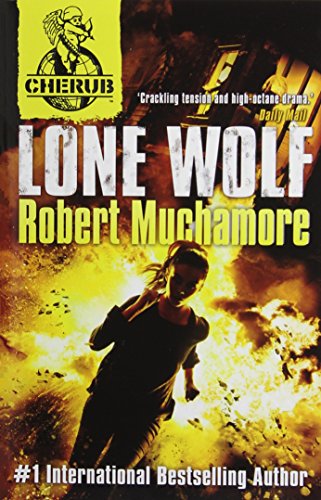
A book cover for Lone Wolf (CHERUB); Robert Muchamore; Teen & Young Adult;